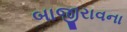
બાજીરાવના